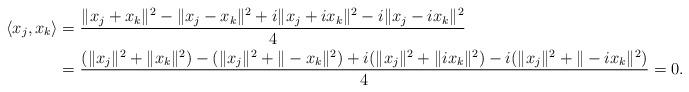
LaTeX: \begin{align*}\langle x_j, x_k \rangle &=\frac{\|x_j+x_k\|^2-\|x_j-x_k\|^2+i\|x_j+ix_k\|^2-i\|x_j-ix_k\|^2}{4}\\&=\frac{(\|x_j\|^2+\|x_k\|^2)-(\|x_j\|^2+\|-x_k\|^2)+i(\|x_j\|^2+\|ix_k\|^2)-i(\|x_j\|^2+\|-ix_k\|^2)}{4}=0.\end{align*}